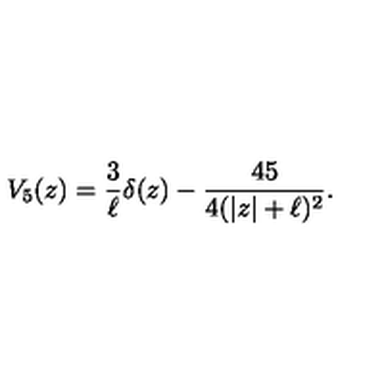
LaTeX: V _ { 5 } ( z ) = \frac { 3 } { \ell } \delta ( z ) - \frac { 4 5 } { 4 ( | z | + \ell ) ^ { 2 } } .